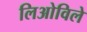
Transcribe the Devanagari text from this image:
लिओविले